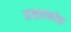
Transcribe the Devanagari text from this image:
अभ्रप्रकोष्ठ